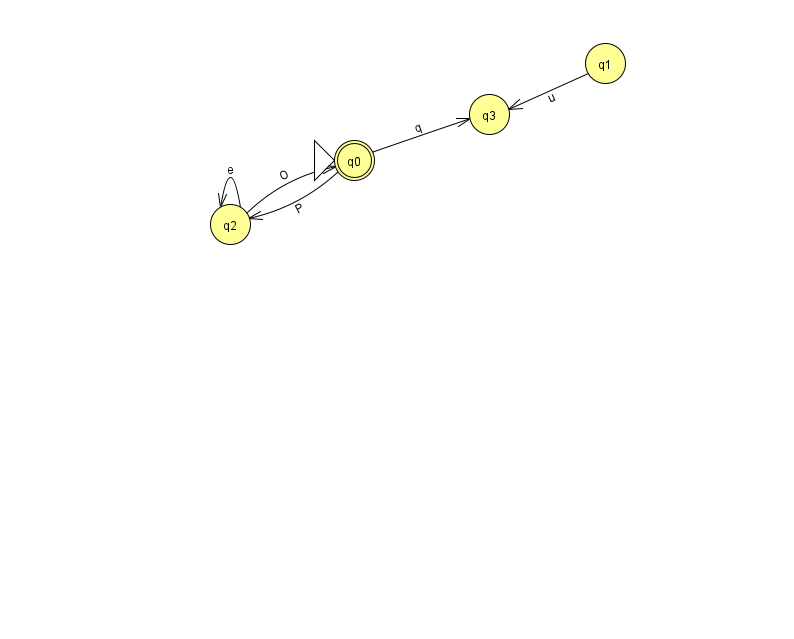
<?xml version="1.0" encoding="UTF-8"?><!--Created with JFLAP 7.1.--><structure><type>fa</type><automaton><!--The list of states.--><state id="0" name="q0"><x>354.0</x><y>147.0</y><initial/><final/></state><state id="1" name="q1"><x>605.0</x><y>50.0</y></state><state id="2" name="q2"><x>230.0</x><y>211.0</y></state><state id="3" name="q3"><x>489.0</x><y>101.0</y></state><!--The list of transitions.--><transition><from>2</from><to>2</to><read>e</read></transition><transition><from>0</from><to>2</to><read>P</read></transition><transition><from>2</from><to>0</to><read>O</read></transition><transition><from>0</from><to>3</to><read>q</read></transition><transition><from>1</from><to>3</to><read>u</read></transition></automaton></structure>